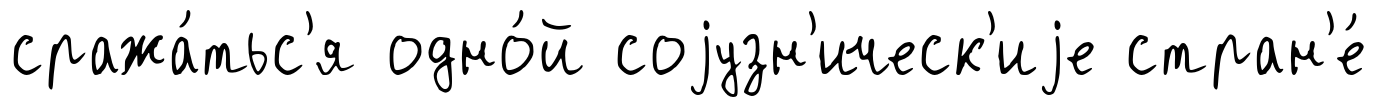
сража́тьс'я одно́й соjузн'ическ'иjе стран'е́